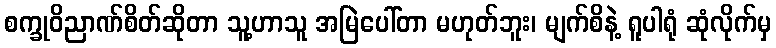
စက္ခုဝိညာဏ်စိတ်ဆိုတာ သူ့ဟာသူ အမြဲပေါ်တာ မဟုတ်ဘူး၊ မျက်စိနဲ့ ရူပါရုံ ဆုံလိုက်မှ